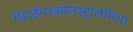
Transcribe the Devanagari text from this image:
मेंहाईपरकोलेस्ट्रोलेमिया